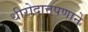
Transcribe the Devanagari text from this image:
धीरोदात्तपणाने